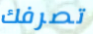
تصرفك